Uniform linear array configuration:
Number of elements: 48
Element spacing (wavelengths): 0.25
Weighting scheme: exponential
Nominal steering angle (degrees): -15
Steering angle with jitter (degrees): -14.656
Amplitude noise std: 0.05
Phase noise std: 0.05

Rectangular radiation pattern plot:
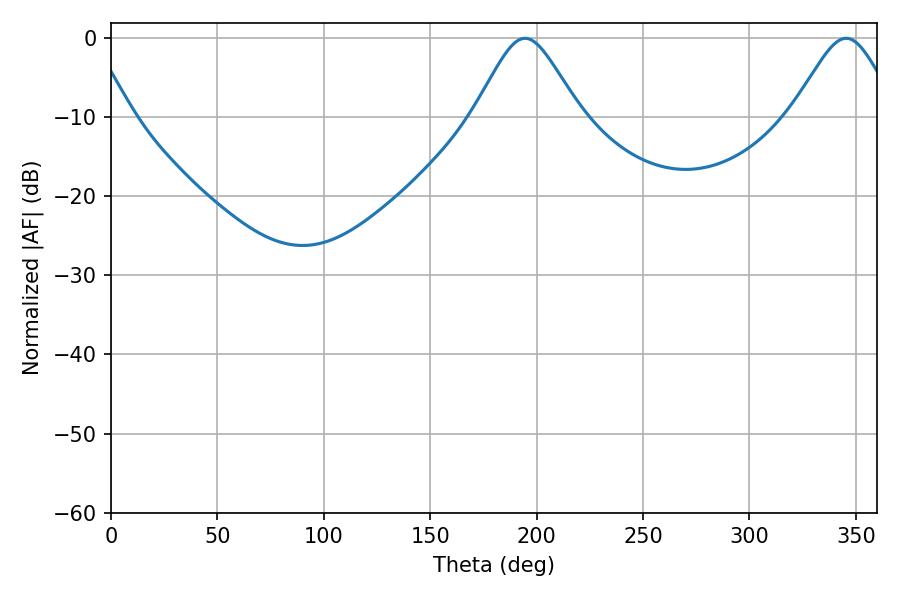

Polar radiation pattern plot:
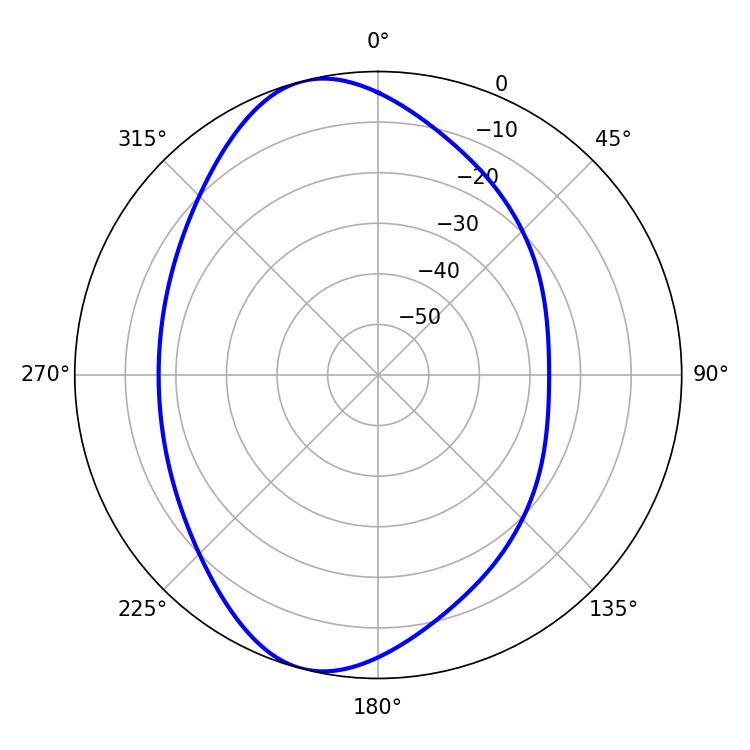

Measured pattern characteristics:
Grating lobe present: FALSE
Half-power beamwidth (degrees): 24.3
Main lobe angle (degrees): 194.58